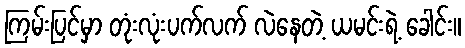
ကြမ်းပြင်မှာ တုံးလုံးပက်လက် လဲနေတဲ့ ယမင်းရဲ့ ခေါင်း။